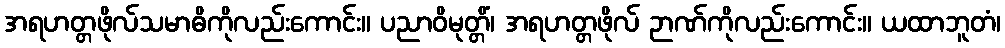
အရဟတ္တဖိုလ်သမာဓိကိုလည်းကောင်း။ ပညာဝိမုတ္တိံ၊ အရဟတ္တဖိုလ် ဉာဏ်ကိုလည်းကောင်း။ ယထာဘူတံ၊